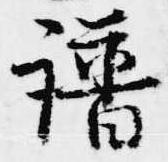
譜